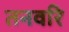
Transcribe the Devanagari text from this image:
तनवरि